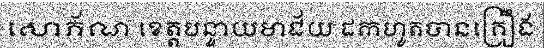
សោភ័ណ ខេត្តបន្ទាយមាជ័យ ដកហូតបានគ្រឿង